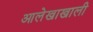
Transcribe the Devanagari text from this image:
आलेखाखाली